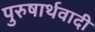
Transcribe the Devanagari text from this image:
पुरुषार्थवादी